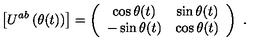
\left[ U ^ { a b } \left( \theta ( t ) \right) \right] = \left( \begin{array} { c c } { \cos \theta ( t ) } & { \sin \theta ( t ) } \\ { - \sin \theta ( t ) } & { \cos \theta ( t ) } \\ \end{array} \right) \ .